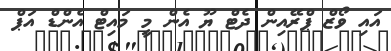
އައި ވޯޒް ޕްރޭއިން ދެޓް ޔޫ އެން މީ މައިޓް އެންޑް އަޕް